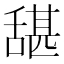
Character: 𮍺